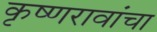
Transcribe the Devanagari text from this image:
कृष्णरावांचा